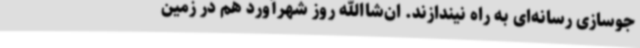
جوسازی رسانه‌ای به راه نیندازند. ان‌شاالله روز شهرآورد هم در زمین